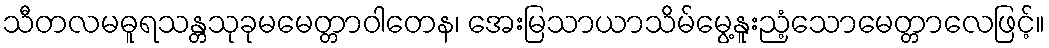
သီတလမဓူရသန္တသုခုမမေတ္တာဝါတေန၊ အေးမြသာယာသိမ်မွေ့နူးညံ့သောမေတ္တာလေဖြင့်။